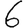
Digit: 6